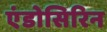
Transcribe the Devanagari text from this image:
एंडोसिरिन